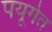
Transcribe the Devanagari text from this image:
पयूगेत